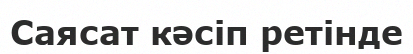
Саясат кәсіп ретінде